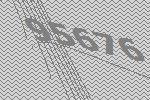
95676